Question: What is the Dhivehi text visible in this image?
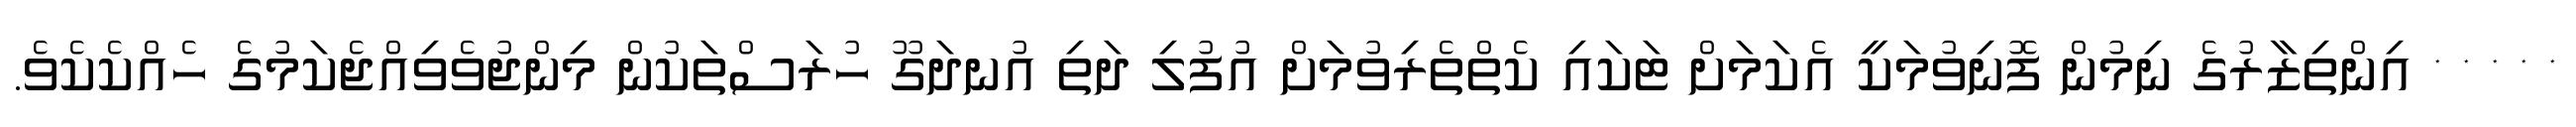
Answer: * * * * * އިންތިޒާރުގެ ނިމުން ފޮނިވުމަކީ އެކަމަށް ޓަކައި ކެތްތެރިވުމަށް އުފުލި ދަތި އުނދަގޫ ހުރަސްތަކުން މިންޖުވެވިއްޖެކަމުގެ ހެއްކެކެވެ.